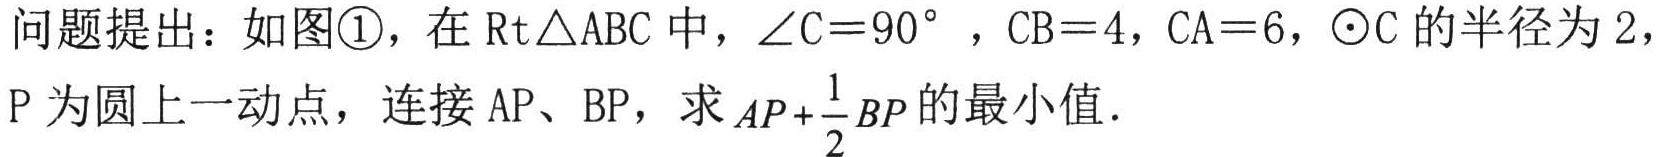
问题提出：如图\textcircled{1}，在\(\text{Rt}\triangle ABC\)中，\(\angle C = 90^{\circ}\)，\(CB = 4\)，\(CA = 6\)，\(\odot C\)的半径为\(2\)，\(P\)为圆上一动点，连接\(AP\)、\(BP\)，求\(AP+\frac{1}{2}BP\)的最小值．